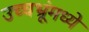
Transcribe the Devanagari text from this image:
उच्चभ्रूंमध्ये